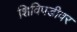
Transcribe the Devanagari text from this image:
शिविपडीवर